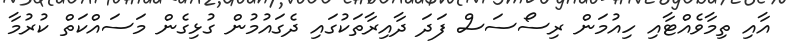
އާއި ތިމާވެއްޓާއި ހިއުމަން ރިސޯސަސް ފަދަ ދާއިރާތަކުގައި ދެގައުމުން ގުޅިގެން މަސައްކަތް ކުރުމާ